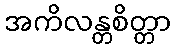
အကိလန္တစိတ္တာ